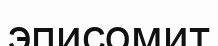
эписомит